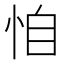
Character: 𢙆